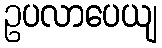
ဥပလာပေယျ